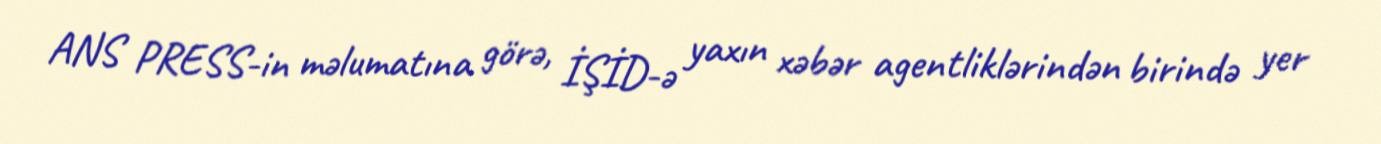
ANS PRESS-in məlumatına görə, İŞİD-ə yaxın xəbər agentliklərindən birində yer